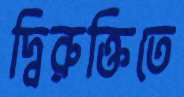
দ্বিরুক্তিতে